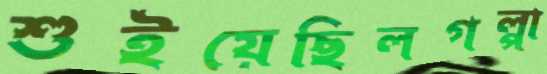
শুইয়েছিলগল্পা